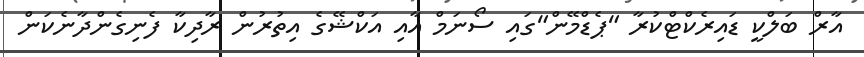
އާރް ބަލްކީ ޑައިރެކްޓްކުރާ "ޕެޑްމޭން"ގައި ސޯނަމް އާއި އަކްޝޭގެ އިތުރުން ރާދިކާ ފެނިގެންދާނެކަން